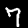
Label: 7